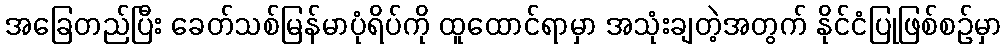
အခြေတည်ပြီး ခေတ်သစ်မြန်မာပုံရိပ်ကို ထူထောင်ရာမှာ အသုံးချတဲ့အတွက် နိုင်ငံပြုဖြစ်စဉ်မှာ